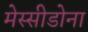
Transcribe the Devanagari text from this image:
मेस्सीडोना